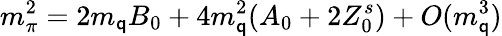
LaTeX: m_{\pi}^{2}=2m_{\mathsf{q}}B_{0}+4m_{\mathsf{q}}^{2}(A_{0}+2Z_{0}^{s})+O(m_{\mathsf{q}}^{3})